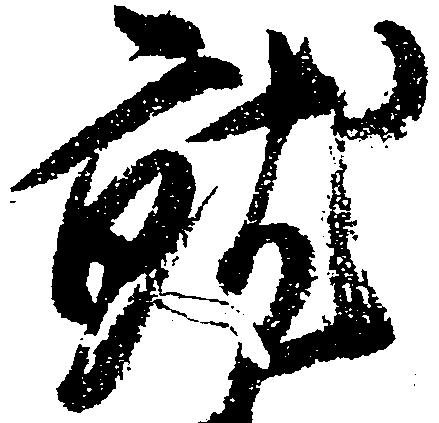
就